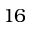
1 6